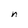
Character: n